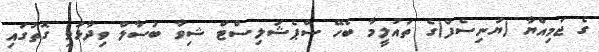
ގެ ޖަމިއްޔާ (ޔުނިސެފް)ގެ ތައުލީމާ ބެހޭ ސްޕެޝަލިސްޓް ޝިވާ ބުސާލް ވިދާޅުވި ގޮތުގައި